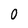
Character: 0